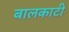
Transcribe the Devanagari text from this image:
बालकाटी